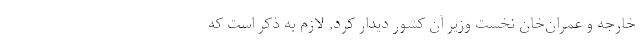
خارجه و عمران‌خان نخست وزیر آن کشور دیدار کرد. لازم به ذکر است که